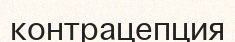
контрацепция